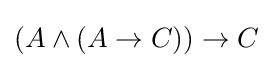
(A\land (A\to C))\to C